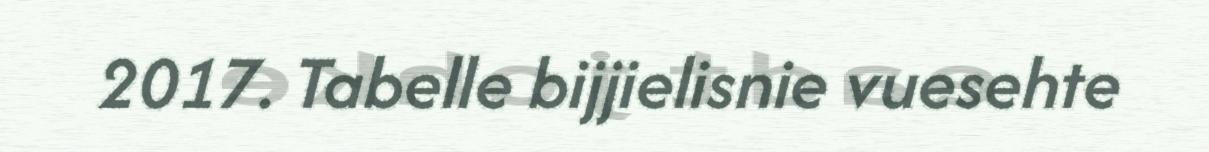
2017. Tabelle bijjielisnie vuesehte